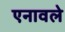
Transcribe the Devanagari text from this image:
एनावले